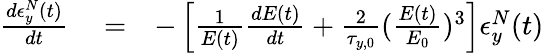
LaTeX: \begin{array}{rlr}{\frac{d\epsilon_{y}^{N}(t)}{dt}}&{{}=}&{-\left[\frac{1}{E(t)}\frac{dE(t)}{dt}+\frac{2}{\tau_{y,0}}(\frac{E(t)}{E_{0}})^{3}\right]\epsilon_{y}^{N}(t)}\end{array}